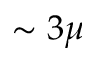
\sim 3 \mu